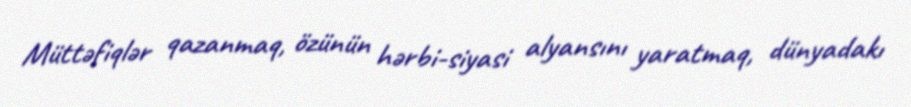
Müttəfiqlər qazanmaq, özünün hərbi-siyasi alyansını yaratmaq, dünyadakı